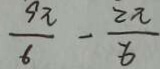
\frac { 9 \pi } { 6 } - \frac { 2 \pi } { 6 }